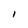
Character: 1